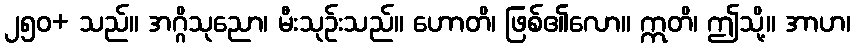
၂၅၀+ သည်။ အဂ္ဂိသုညော၊ မီးသုဉ်းသည်။ ဟောတိ၊ ဖြစ်၏လော။ ဣတိ၊ ဤသို့။ အာဟ၊